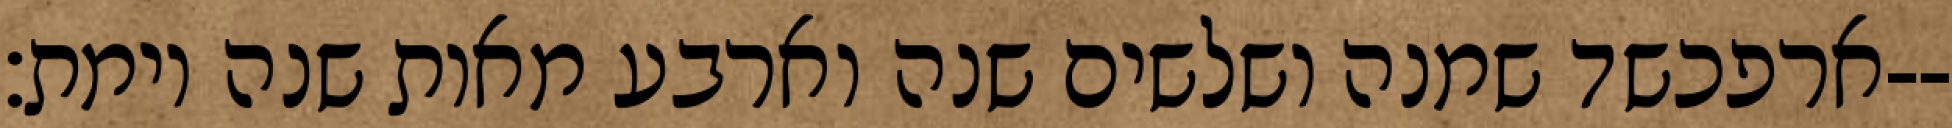
ארפכשד שמנה ושלשים שנה וארבע מאות שנה וימת׃--